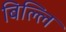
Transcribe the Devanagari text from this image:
बिल्लि